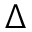
\Delta